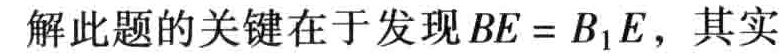
解此题的关键在于发现\(BE = B_{1}E\)，其实